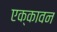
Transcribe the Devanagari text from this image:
एक्कावन